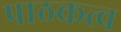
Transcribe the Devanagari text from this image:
पाठकत्व